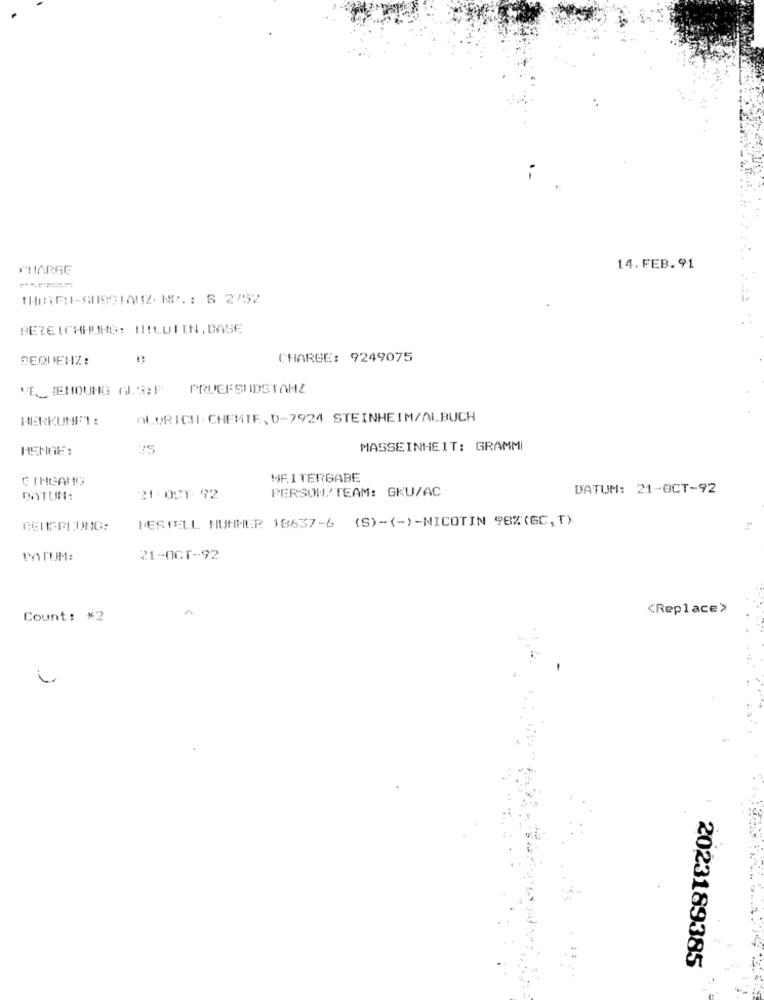
1-
CHARGE
14. FEB. 91
THEREFO-SUBSTANZ. MD. : S 2752
BEZEICHNUNG: H !! LUIIN, DASE
SEQUENZ:
CHARGE: 9249075
VELIEHOUNG A.S:F
PRUEFSUBSTANZ
HERKUNFT :
ol DRICH CHEMIE, D-7924 STEINHEIM/ALBUCH
HENGE:
25
MASSEINHEIT: GRAMMI
CINGANO
WEITERGABE
PERSON/TEAM: GKU/AC
DATUM: 21-OCT-92
DATUM:
21. 0CT- 92
BESTELL HUMMER 18637-6 (S)-(-)-NICOTIN 98%(GC,T)
DEMEPICUNG:
DATUM:
21-OCT-92
<Replace>
Count: #2
2023189385